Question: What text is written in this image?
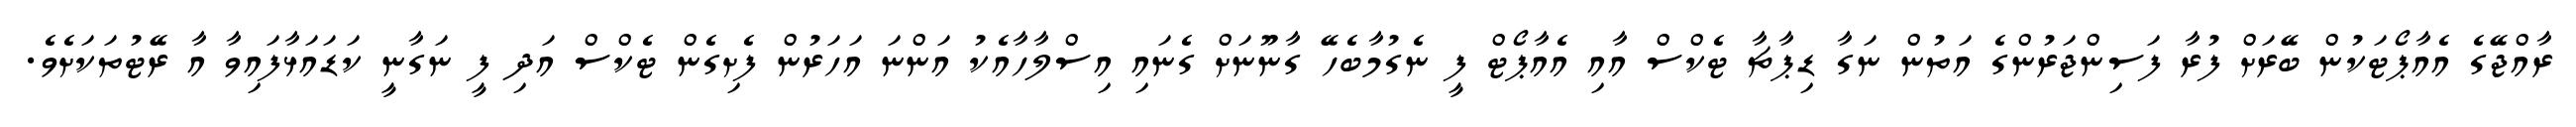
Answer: ރާއްޖޭގެ އެއާޕޯޓަކުން ބޭރަށް ފުރާ ފަސިންޖަރުންގެ އަތުން ނަގާ ޑިޕާޗާ ޓެކްސް އާއި އެއާޕޯޓް ފީ ނެގުމާބެހޭ ގާނޫނަށް ގެނައި އިސްލާހާއެކު އަންނަ އަހަރުން ފެށިގެން ޓެކްސް އަދި ފީ ނަގާނީ ކަޑައަޅާފައިވާ އާ ރޭޓުތަކަށެވެ.